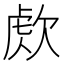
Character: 𣣕